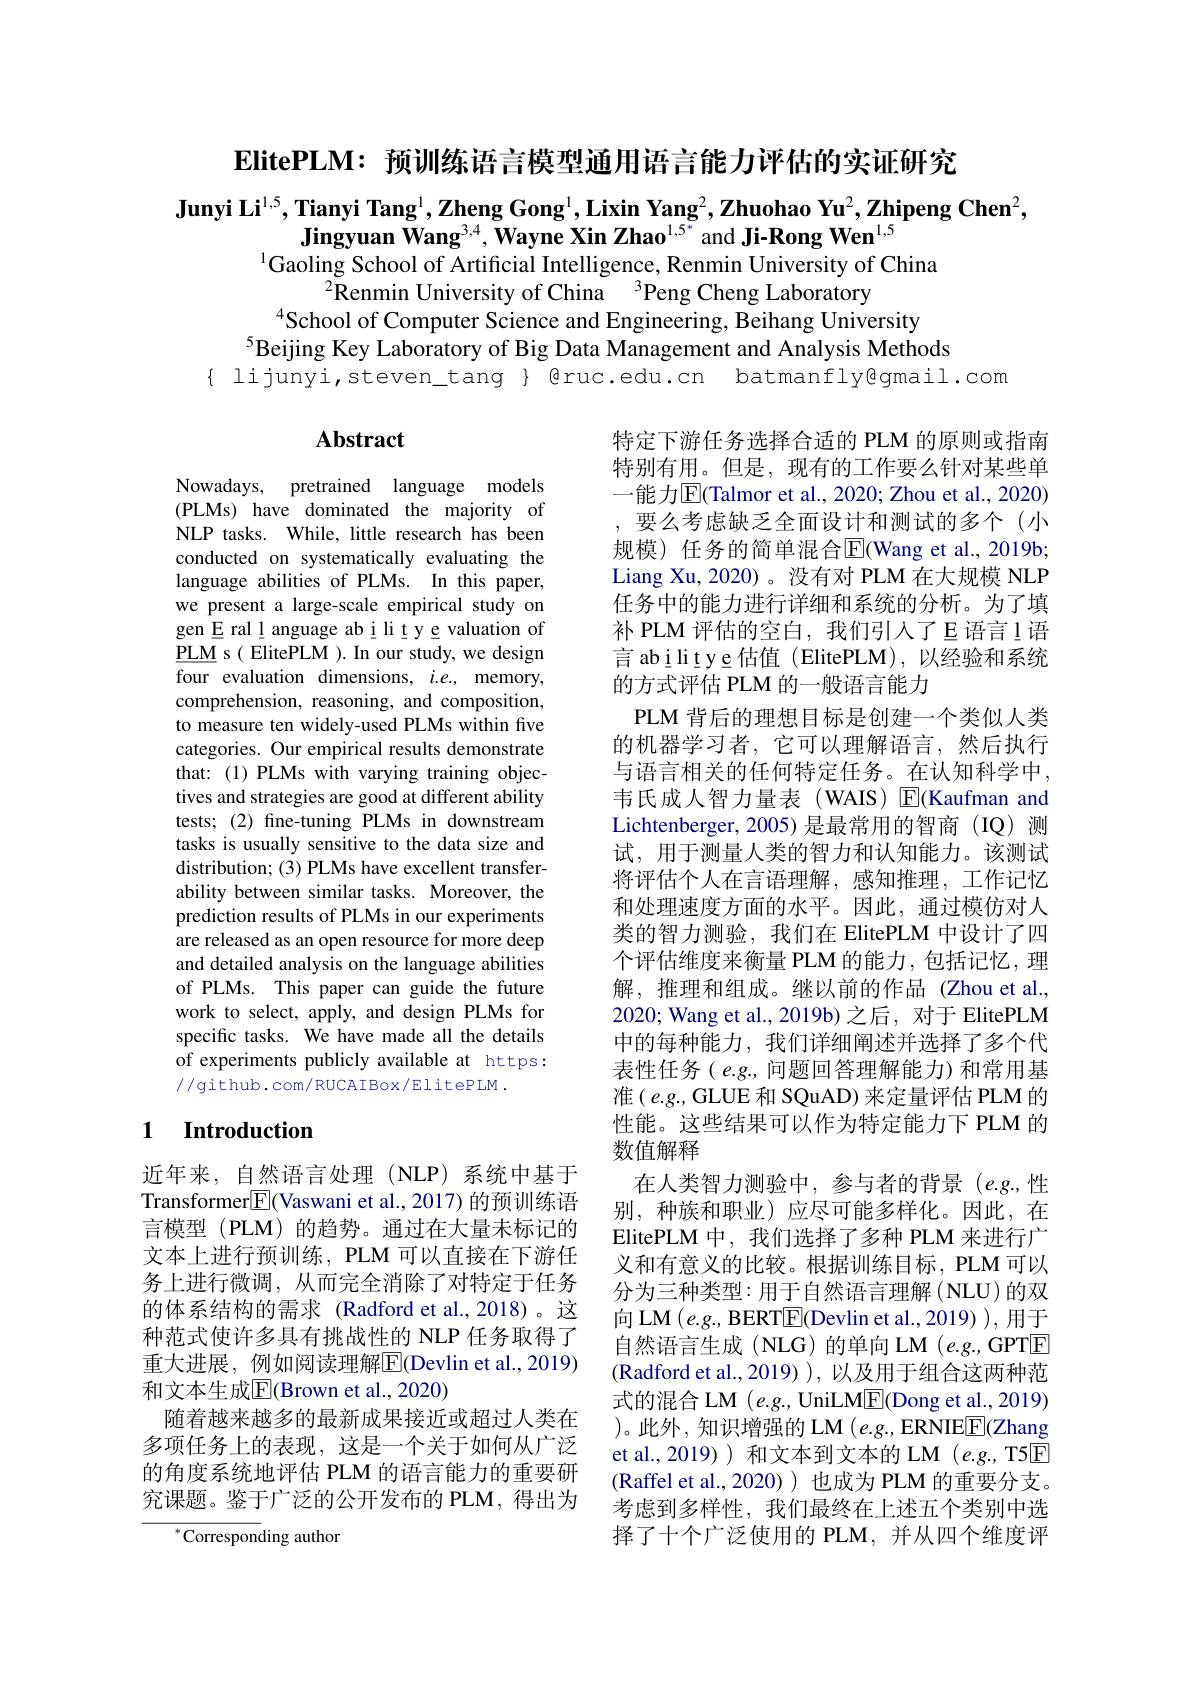
ElitePLM: 预训练语言模型通用语言能力评估的实证研究

Junyi Li$^{1,5}$,Tianyi Tang$^1,\textbf{ZhengGong}^1,\textbf{LixinYang}^2,\textbf{Zhuohao Yu}^2,\textbf{Zhipeng Chen}^2$,
Jingyuan Wang$^{3,4},\textbf{Wayne Xin Zhao}^{1,5^*}$and Ji-Rong Wen$^{1,5}$
$^{1}$Gaoling School of Artificial Intelligence, Renmin University of China

$^{2}$Renmin University of China $^3$Peng Cheng Laboratory
$^{4}$School of Computer Science and Engineering, Beihang University
$^{5}$Beijing Key Laboratory of Big Data Management and Analysis Methods
{ lijunyi,steven\_tang } @ruc.edu.cn batmanfly@gmail.com

## $\mathbf{Abstract}$

Nowadays, pretrained language models (PLMs) have dominated the majority of NLP tasks. While, little research has been conducted on systematically evaluating the language abilities of PLMs. In this paper, we present a large-scale empirical study on gen E ral l anguage ab i li t y e valuation of $\underline{\mathrm{PLM}}$ s( ElitePLM ). In our study, we design four evaluation dimensions, $i.e.$, memory, comprehension, reasoning, and composition, to measure ten widely-used PLMs within five categories. Our empirical results demonstrate that: (1) PLMs with varying training objectives and strategies are good at different ability tests;(2) fine-tuning PLMs in downstream tasks is usually sensitive to the data size and distribution; (3) PLMs have excellent transferability between similar tasks. Moreover, the prediction results of PLMs in our experiments are released as an open resource for more deep and detailed analysis on the language abilities of PLMs. This paper can guide the future work to select, apply, and design PLMs for specific tasks. We have made all the details of experiments publicly available at https: //github.com/RUCAIBox/ElitePLM.

特定下游任务选择合适的 PLM 的原则或指南特别有用。但是，现有的工作要么针对某些单一能力$\overline{\mathrm{E}}($Talmor et al., 2020; Zhou et al., 2020) ,要么考虑缺乏全面设计和测试的多个(小规模) 任务的简单混合E(Wang et al.,2019b; Liang Xu, 2020)。没有对 PLM 在大规模 NLP 任务中的能力进行详细和系统的分析。为了填补 PLM 评估的空白，我们引入了E 语言！语言 abilitye 估值(ElitePLM),以经验和系统的方式评估 PLM 的一般语言能力
PLM 背后的理想目标是创建一个类似人类的机器学习者，它可以理解语言，然后执行与语言相关的任何特定任务。在认知科学中， 韦氏成人智力量表(WAIS) E(Kaufman and Lichtenberger, 2005) 是最常用的智商(IQ) 测试，用于测量人类的智力和认知能力。该测试将评估个人在言语理解，感知推理，工作记忆和处理速度方面的水平。因此，通过模仿对人类的智力测验，我们在 ElitePLM 中设计了四个评估维度来衡量 PLM 的能力，包括记忆，理解，推理和组成。继以前的作品(Zhou et al., 2020; Wang et al., 2019b) 之后，对于 ElitePLM 中的每种能力，我们详细阐述并选择了多个代表性任务( e.g., 问题回答理解能力) 和常用基准$(e.g.$, GLUE 和 SQuAD) 来定量评估 PLM 的性能。这些结果可以作为特定能力下 PLM 的数值解释
在人类智力测验中，参与者的背景(e.g.,性别，种族和职业)应尽可能多样化。因此，在ElitePLM 中，我们选择了多种 PLM 来进行广义和有意义的比较。根据训练目标，PLM 可以分为三种类型：用于自然语言理解(NLU)的双向 LM $(e.g.$, BERTE(Devlin et al.,2019) ), 用于自然语言生成 (NLG)的单向 LM (e.g., GPTE (Radford et al., 2019) ), 以及用于组合这两种范式的混合 LM $(e.g.$, UniLME(Dong et al.,2019) )。此外，知识增强的 LM$(e.g.$,ERNIEE(Zhang et al.,2019) )和文本到文本的 LM (e.g., T5$\overline{\mathrm{E}}$ (Raffel et al.,2020))也成为 PLM 的重要分支。考虑到多样性，我们最终在上述五个类别中选择了十个广泛使用的 PLM,并从四个维度评

## 1 Introduction

近年来，自然语言处理(NLP)系统中基于Transformer$\boxed{\mathrm{F}}($Vaswani et al., 2017) 的预训练语言模型 (PLM) 的趋势。通过在大量未标记的文本上进行预训练，PLM 可以直接在下游任务上进行微调，从而完全消除了对特定于任务的体系结构的需求(Radford et al.,2018)。这种范式使许多具有挑战性的 NLP 任务取得了重大进展，例如阅读理解$\overline{\mathrm{E}}($Devlin et al., 2019) 和文本生成$\overline{\mathbb{E}}($Brown et al., 2020)
随着越来越多的最新成果接近或超过人类在多项任务上的表现，这是一个关于如何从广泛的角度系统地评估 PLM 的语言能力的重要研究课题。鉴于广泛的公开发布的 PLM,得出为

${^*\text{Correspon}}$ding author